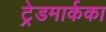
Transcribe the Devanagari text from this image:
ट्रेडमार्कका